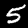
Digit: 5